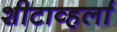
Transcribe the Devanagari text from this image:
शीटाव्हर्ला